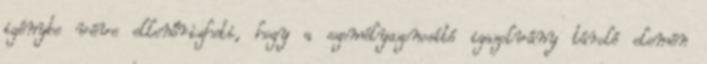
igénybe véve ellenőrizheti, hogy a személyazonosító igazolvány tároló elemén